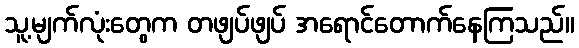
သူ့မျက်လုံးတွေက တဖျပ်ဖျပ် အရောင်တောက်နေကြသည်။